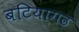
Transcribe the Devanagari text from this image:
बटियागढ़